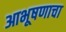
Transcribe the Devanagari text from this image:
आभूषणाचा